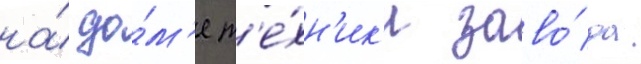
на́ до́м'е т'е́хн'ик'и заво́да